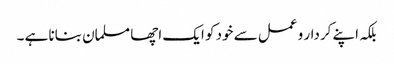
بلکہ اپنے کردار و عمل سے خود کو ایک اچھا مسلمان بنانا ہے ۔